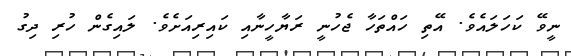
ނީވޭ ކަހަލައެވެ. އޭތި ހައްތަހާ ޖެހުނީ ރަޔާހީނާއި ކައިރިއަށެވެ. ލައިގެން ހުރި ދިގު